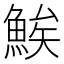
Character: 𬵖